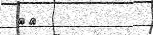
٢٦